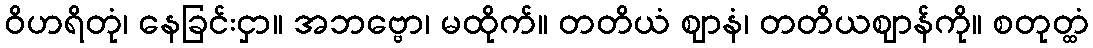
ဝိဟရိတုံ၊ နေခြင်းငှာ။ အဘဗ္ဗော၊ မထိုက်။ တတိယံ ဈာနံ၊ တတိယဈာန်ကို။ စတုတ္ထံ